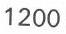
1200